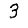
Digit: 3